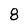
Character: 8